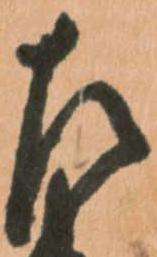
左